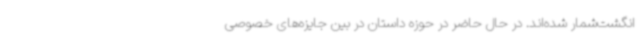
انگشت‌شمار شده‌اند. در حال حاضر در حوزه داستان در بین جایزه‌های خصوصی